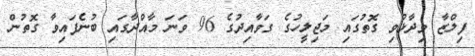
ފިލްޒާ ވިދާޅުވި ގޮތުގައި މަޖިލީހުގެ ގަވާއިދުގެ 96 ވަނަ މާއްދާގައި ބުނެފައިވާ ގޮތުން